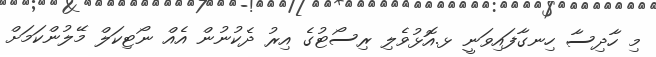
މި ހާދިސާ ހިނގާފައިވަނީ ޅ.އޮޅުވެލި ރިސޯޓުގެ އިރު ދެކުނުން އެއް ނޯޓިކަލް މޭލުންކަމަށް